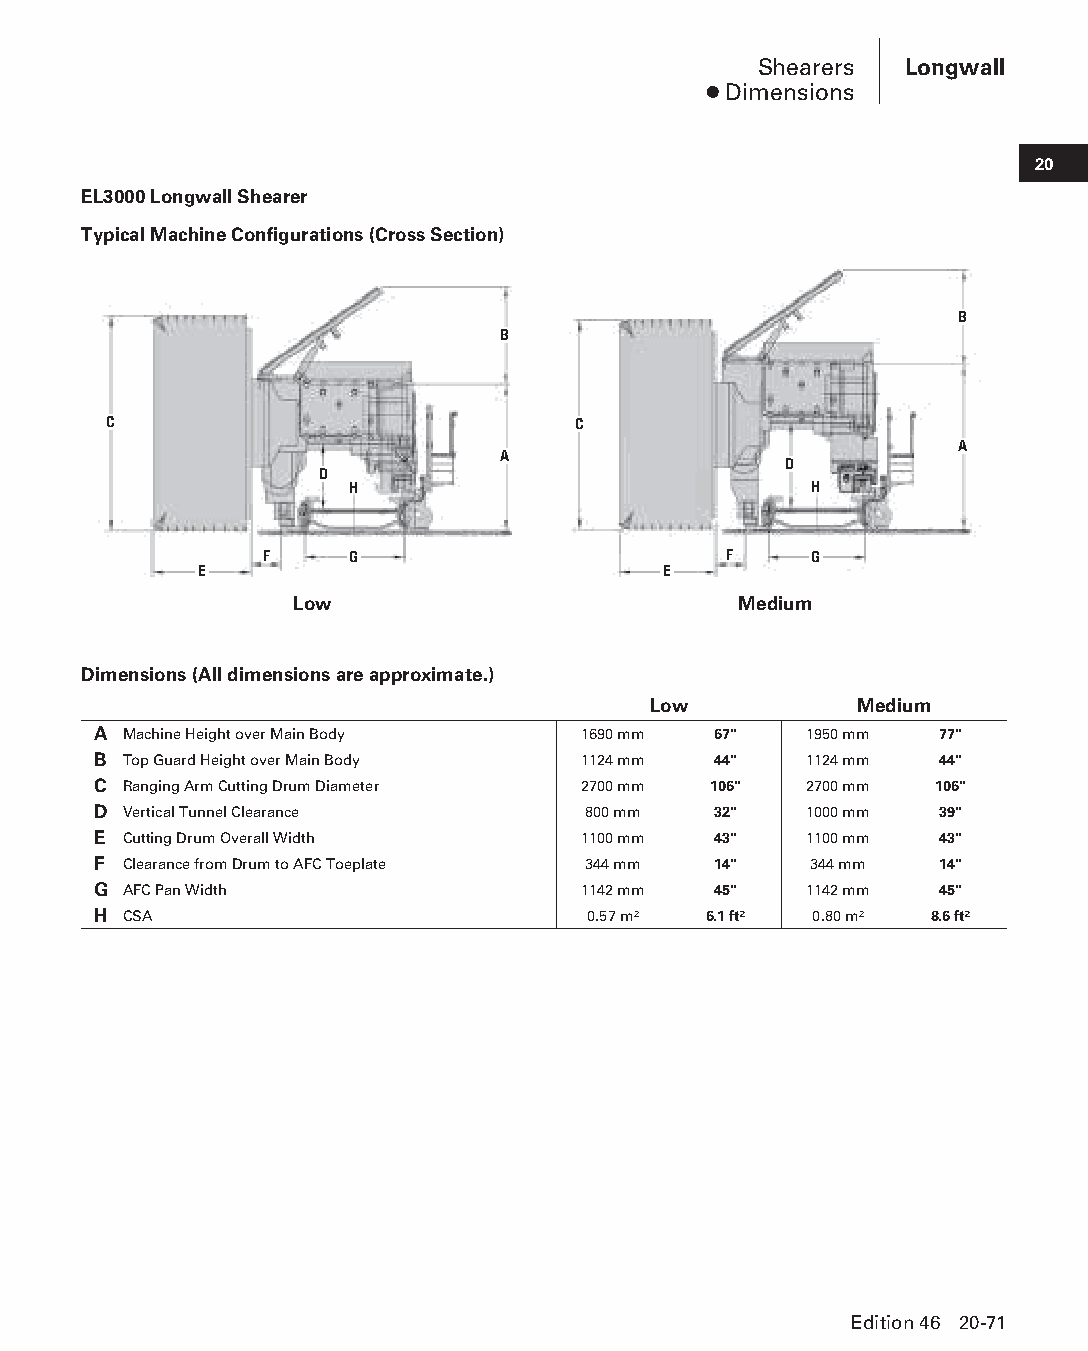
Shearers Longwall
 ● Dimensions
 20
 EL3000 Longwall Shearer
 Typical Machine Configurations (Cross Section)
 B
 B
 C                              C
 A
 A
 D
 D
 H                             H
 F     G                       F     G
 E                              E
 Low                          Medium
 Dimensions (All dimensions are approximate.)
 Low           Medium
 A Machine Height over Main Body 1690 mm  67"   1950 mm  77"
 B Top Guard Height over Main Body 1124 mm 44"  1124 mm  44"
 C Ranging Arm Cutting Drum Diameter 2700 mm 106" 2700 mm 106"
 D Vertical Tunnel Clearance     800 mm   32"   1000 mm  39"
 E Cutting Drum Overall Width    1100 mm  43"   1100 mm  43"
 F Clearance from Drum to AFC Toeplate 344 mm 14" 344 mm 14"
 G AFC Pan Width                 1142 mm  45"   1142 mm  45"
 H CSA                           0.57 m² 6.1 ft² 0.80 m² 8.6 ft²
 Edition 46 20-71
 PPHHBB--SSeecc2200--LLoonnggwwaallll((ppgg002255--112200))..iinndddd 7711 1122//44//1155 1111::0022 AAMM